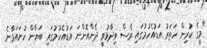
"މީގެ ކުރިން ހަތަރު އަޑުއެހުމުގައި ވެސް ވިދާޅުވީ ދެންއޮންނަ އަޑުއެހުމުގައި ބަޔާން ހުށައަޅާނެ